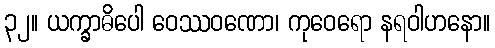
၃၂။ ယက္ခာဓိပေါ ဝေဿဝဏော၊ ကုဝေရော နရဝါဟနော။